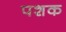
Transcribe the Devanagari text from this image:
पशक